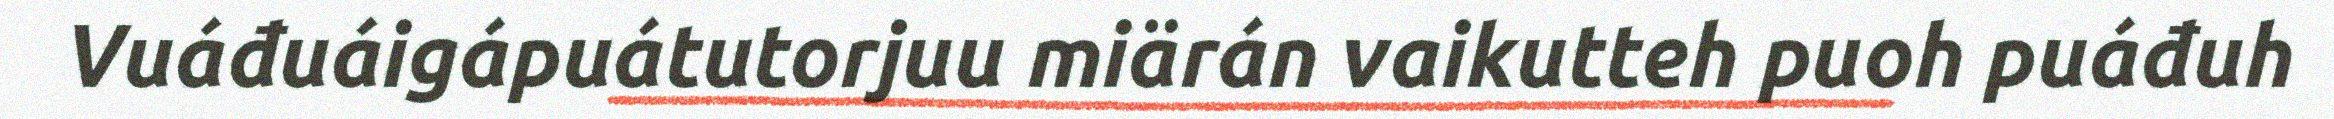
Vuáđuáigápuátutorjuu miärán vaikutteh puoh puáđuh